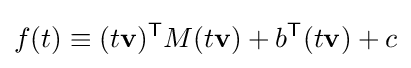
f(t)\equiv (t\mathbf {v} )^{\mathsf {T}}M(t\mathbf {v} )+b^{\mathsf {T}}(t\mathbf {v} )+c